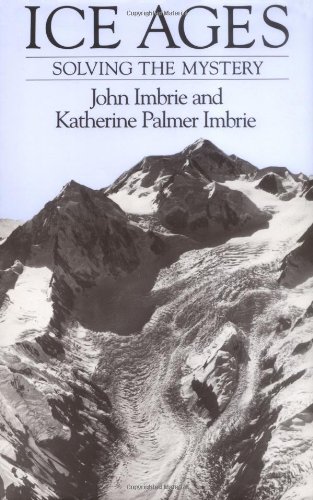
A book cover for Ice Ages: Solving the Mystery; John Imbrie; Science & Math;